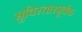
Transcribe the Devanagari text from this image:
सुविस्तारपूर्वक